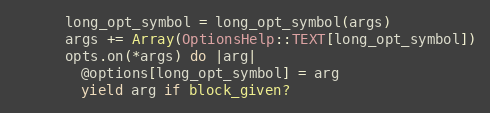
Language: Ruby
      long_opt_symbol = long_opt_symbol(args)
      args += Array(OptionsHelp::TEXT[long_opt_symbol])
      opts.on(*args) do |arg|
        @options[long_opt_symbol] = arg
        yield arg if block_given?